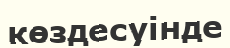
көздесуінде